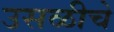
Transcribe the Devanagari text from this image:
उसळीचे